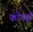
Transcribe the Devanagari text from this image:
कोपर्स